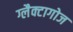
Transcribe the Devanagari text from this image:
ग्लैक्टागोज